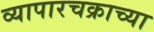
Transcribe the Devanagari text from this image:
व्यापारचक्राच्या